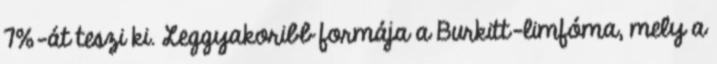
7%-át teszi ki. Leggyakoribb formája a Burkitt-limfóma, mely a